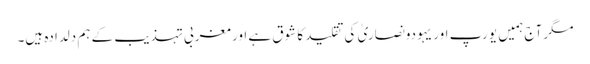
مگر آج ہمیں یورپ اور یہودونصاریٰ کی تقلید کا شوق ہے اور مغربی تہذیب کے ہم دلدادہ ہیں۔